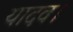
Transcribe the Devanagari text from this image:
यादव।